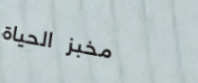
مخبز الحياة